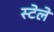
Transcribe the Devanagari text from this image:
स्टेले